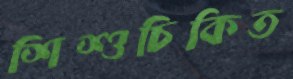
শিশুচিকিত